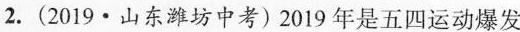
2.(2019.山东潍坊中考)2019年是五四运动爆发